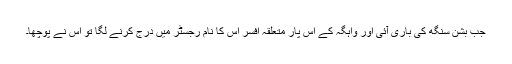
جب بشن سنگھ کی باری آئی اور واہگہ کے اس پار متعلقہ افسر اِس کا نام رجسٹر میں درج کرنے لگا تو اس نے پوچھا۔